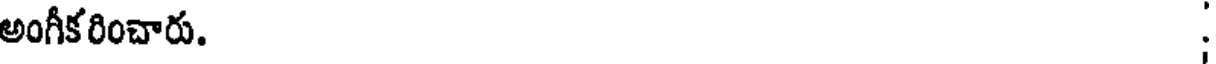
అంగీకరించారు.